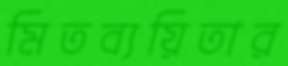
মিতব্যয়িতার